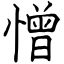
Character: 憎